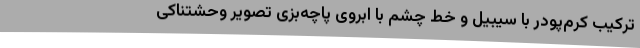
ترکیب کرم‌پودر با سیبیل و خط چشم با ابروی پاچه‌بزی تصویر وحشتناکی